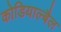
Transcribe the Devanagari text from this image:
कोडियाल्बैल